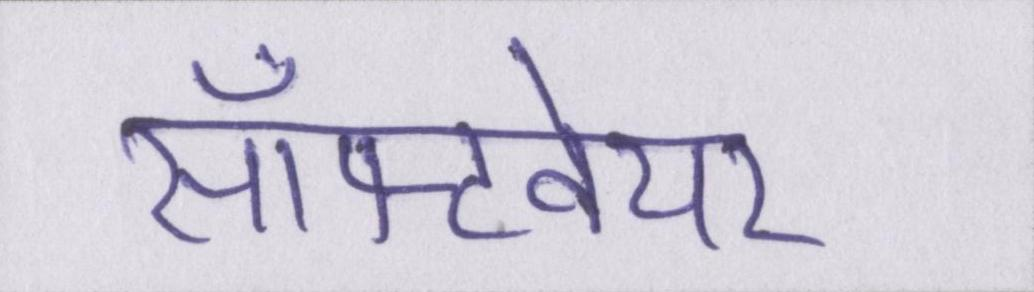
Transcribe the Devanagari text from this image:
सॉफ्टवेयर